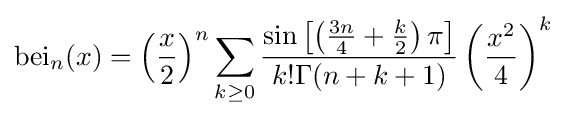
\mathrm {bei} _{n}(x)=\left({\frac {x}{2}}\right)^{n}\sum _{k\geq 0}{\frac {\sin \left[\left({\frac {3n}{4}}+{\frac {k}{2}}\right)\pi \right]}{k!\Gamma (n+k+1)}}\left({\frac {x^{2}}{4}}\right)^{k}